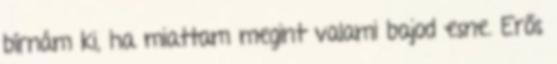
bírnám ki, ha miattam megint valami bajod esne. Erős